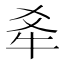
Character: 𪺝